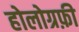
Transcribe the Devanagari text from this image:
होलोग्रफ़ी